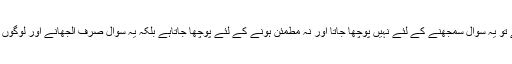
جہاں تک قرآن میں حضرت علی کانام نہ ہونے کی بات ہے تو یہ سوال سمجھنے کے لئے نہیں پوچھا جاتا اور نہ مطمئن ہونے کے لئے پوچھا جاتاہے بلکہ یہ سوال صرف الجھانے اور لوگوں کے دلوں میں شک و شبہ ابھارنے کے لئے پوچھا جاتاہے ۔